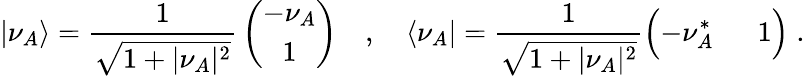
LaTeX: \vert\nu_{A}\rangle={\frac{1}{\sqrt{1+\vert\nu_{A}\vert^{2}}}}\left(\begin{array}{c}{{-\nu_{A}}}\\ {{1}}\end{array}\right)\quad,\quad\langle\nu_{A}\vert={\frac{1}{\sqrt{1+\vert\nu_{A}\vert^{2}}}}\Bigl(-\nu_{A}^{*}\; \quad\; 1\Bigr)\; .